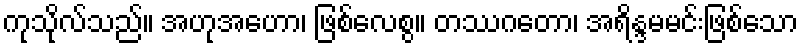
ကုသိုလ်သည်။ အဟုအဟော၊ ဖြစ်လေစွ။ တဿဂတော၊ အရိန္ဒမမင်းဖြစ်သော